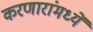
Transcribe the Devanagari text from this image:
करणारांमध्यें